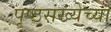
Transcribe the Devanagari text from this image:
पृष्ठसंख्येच्या